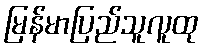
မြန်မာပြည်သူလူထု